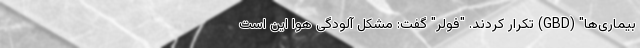
بیماری‌ها" (GBD) تکرار کردند. "فولر" گفت: مشکل آلودگی هوا این است